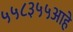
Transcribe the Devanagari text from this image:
५५८३५५आहे